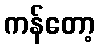
ကန်တော့